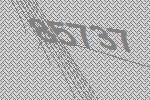
85737